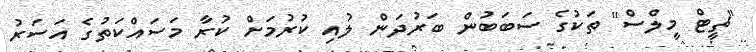
"ޗީޓް މީލްސް" ތަކުގެ ސަބަބުން ބަރުދަން ލުއި ކުރުމަށް ކުރާ މަސައްކަތުގެ އަސަރު